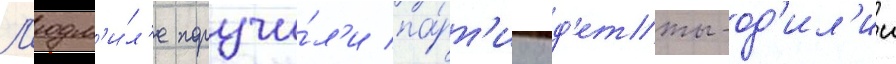
Л'юдм'и́л'е поручи́л'и па́рт'иу од'етты-од'ил'ии